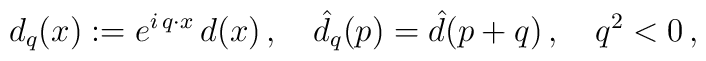
d_{q}(x):=e^{i\,q\cdot x}\,d(x)\,,\quad   \hat{d}_{q}(p)=\hat{d}(p+q)\,,\quad q^2<0\, ,